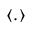
\langle . \rangle